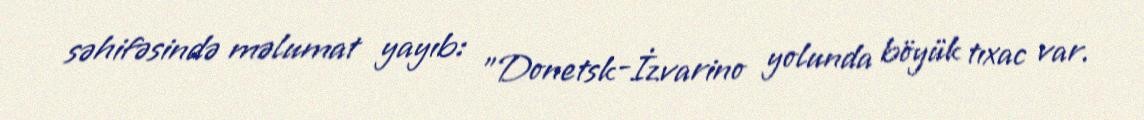
səhifəsində məlumat yayıb: "Donetsk-İzvarino yolunda böyük tıxac var.